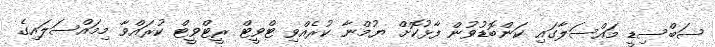
ސަބްސިޑީ މައްސަލާގައި ކަންބޮޑުވުން ފާޅުކޮށް ޔުމްނާ ކުރެއްވި ޓްވީޓް ރީޓްވީޓް ކުރައްވާ މިމައްސަލައިގެ